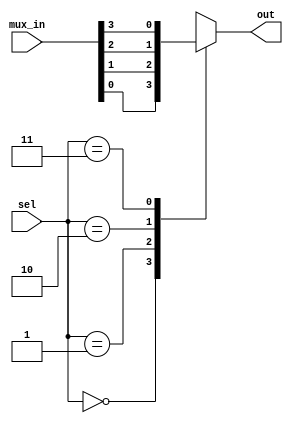
module muxcase(sel,mux_in,out);
input [1:0]sel;
input [3:0]mux_in;
output out;
reg out;
always @(sel , mux_in)
begin
case(sel)

2'b00:out=mux_in[0];
2'b01:out=mux_in[1];
2'b10:out=mux_in[2];
2'b11:out=mux_in[3];

endcase
end
endmodule